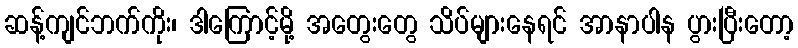
ဆန့်ကျင်ဘက်ကိုး၊ ဒါကြောင့်မို့ အတွေးတွေ သိပ်များနေရင် အာနာပါန ပွားပြီးတော့